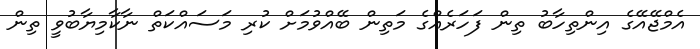
އެމްޖޭއޭގެ އިންތިހާބު ތިން ފަހަރެއްގެ މަތިން ބޭއްވުމަށް ކުރި މަސައްކަތް ނާކާމިޔާބުވީ ތިން